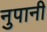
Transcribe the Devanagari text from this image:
नुपानी